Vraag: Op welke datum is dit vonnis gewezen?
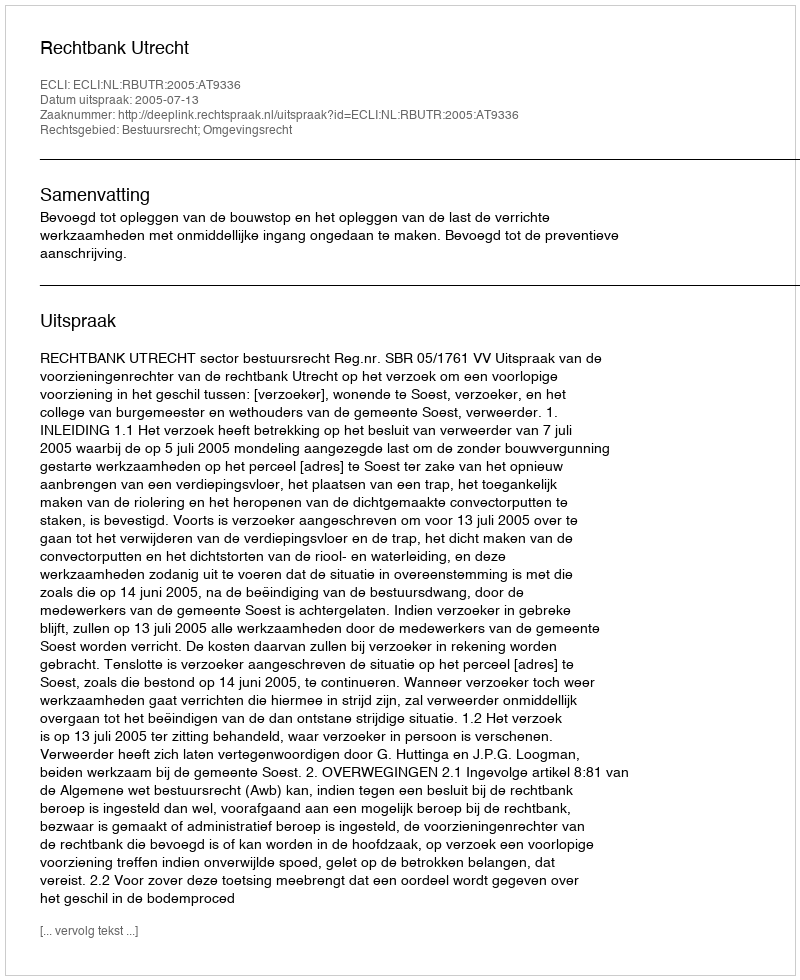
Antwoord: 2005-07-13